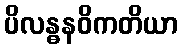
ပိလန္ဓနဝိကတိယာ